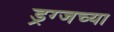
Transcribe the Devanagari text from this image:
ड्रग्जच्या